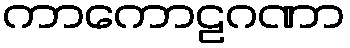
ကာကောဠဂဏာ